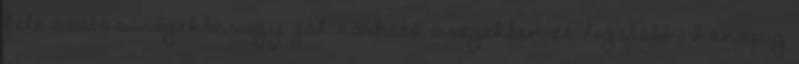
bele csatosüvegekbe,vagy jól zárható üvegekben és legalább 1 hónapig